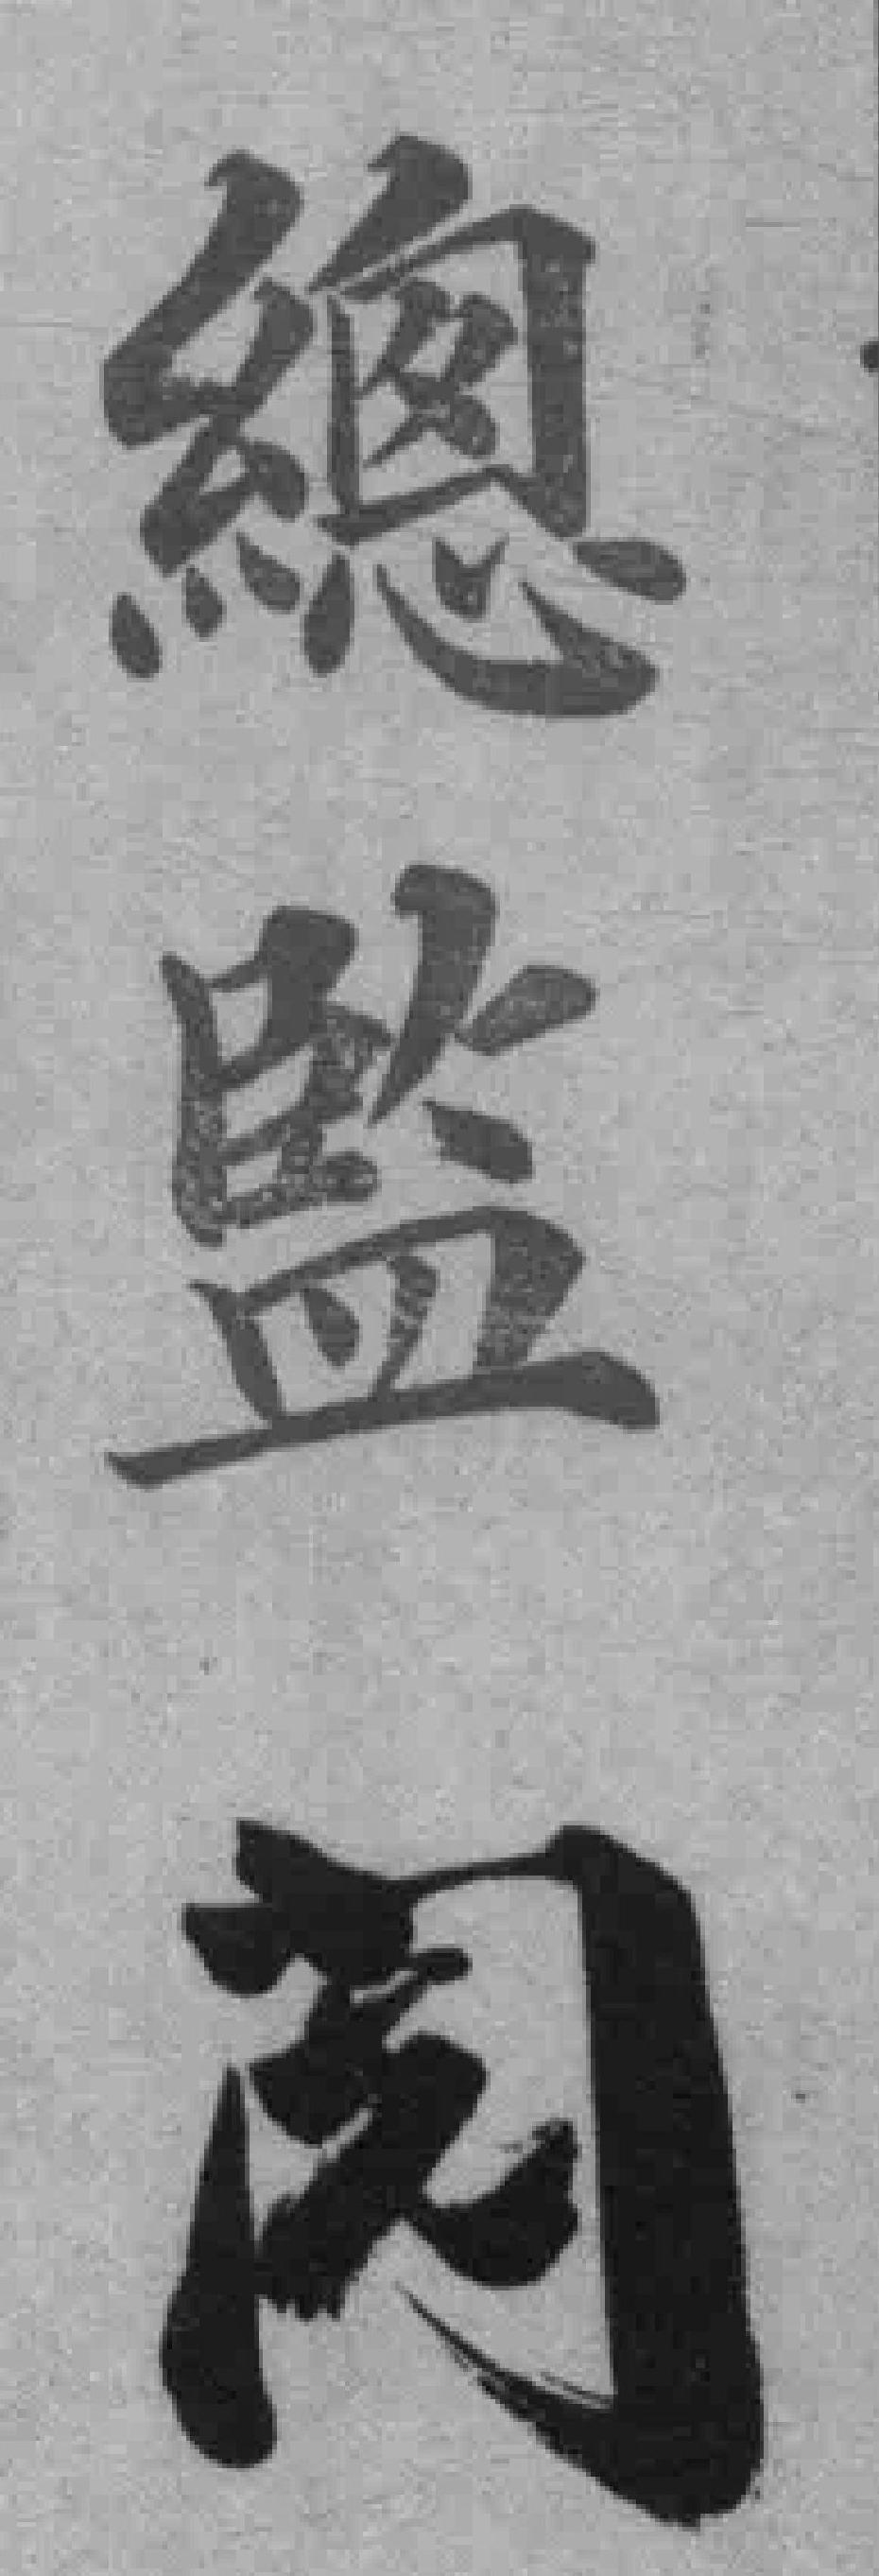
總监阅